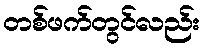
တစ်ဖက်တွင်လည်း